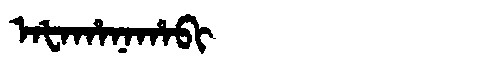
Manchu: ᠠᡶᠠᡥᠠᠨᠠᡥᠠᠪᡳ
Romanization: AFAHANAHABI